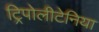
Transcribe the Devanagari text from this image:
ट्रिपोलीटेनिया